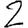
Digit: 2